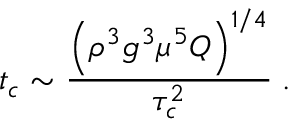
t _ { c } \sim \frac { \left( \rho ^ { 3 } g ^ { 3 } \mu ^ { 5 } Q \right) ^ { 1 / 4 } } { \tau _ { c } ^ { 2 } } \; .